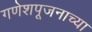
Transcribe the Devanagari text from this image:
गणेशपूजनाच्या